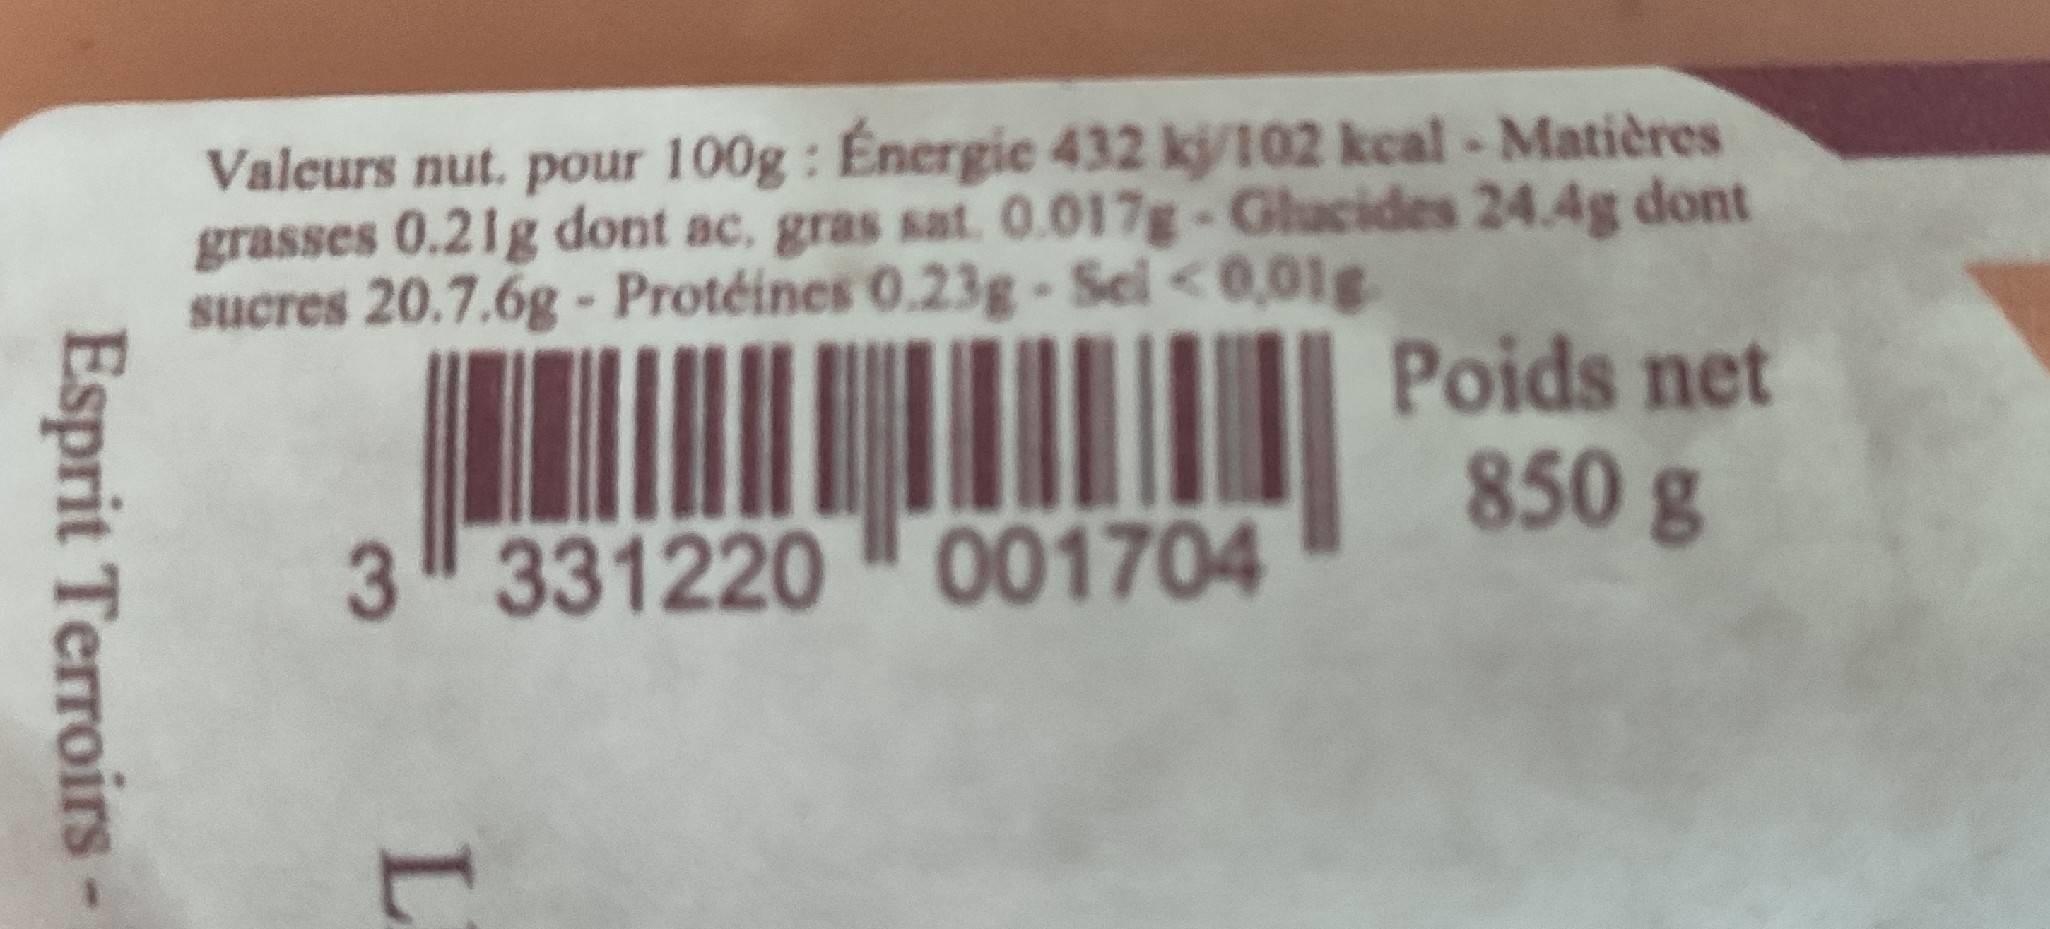
Valcurs nut. pour 100g : Énergie 432 kj/102 kcal- Matières grasses 0.21g dont ac. gras sat. 0.017g-Glacides 24.4g dont sucres 20.7.6g - Protéines 0.23g-Sel <0,01g.
Poids net 850 g
3 331220 001704
Esprit Terroirs